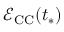
\mathcal { E } _ { \mathrm { C C } } ( t _ { * } )